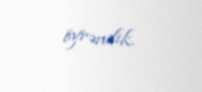
öyrəndik.